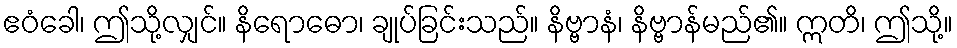
ဧဝံခေါ၊ ဤသို့လျှင်။ နိရောဓော၊ ချုပ်ခြင်းသည်။ နိဗ္ဗာနံ၊ နိဗ္ဗာန်မည်၏။ ဣတိ၊ ဤသို့။